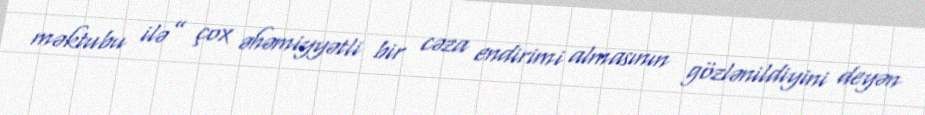
məktubu ilə” çox əhəmiyyətli bir cəza endirimi almasının gözlənildiyini deyən